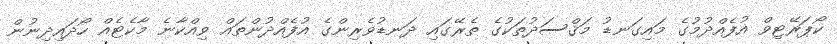
ކޯޕަރޭޓިވް އުފެއްދުމުގެ މައިގަނޑު މަޤްސަދުތަކުގެ ތެރޭގައި ދަނޑުވެރިންގެ އުފެއްދުންތައް ވިއްކާނެ މާކެޓެއް ހޯދައިދިނުން